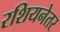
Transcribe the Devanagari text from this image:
रशियनेतर